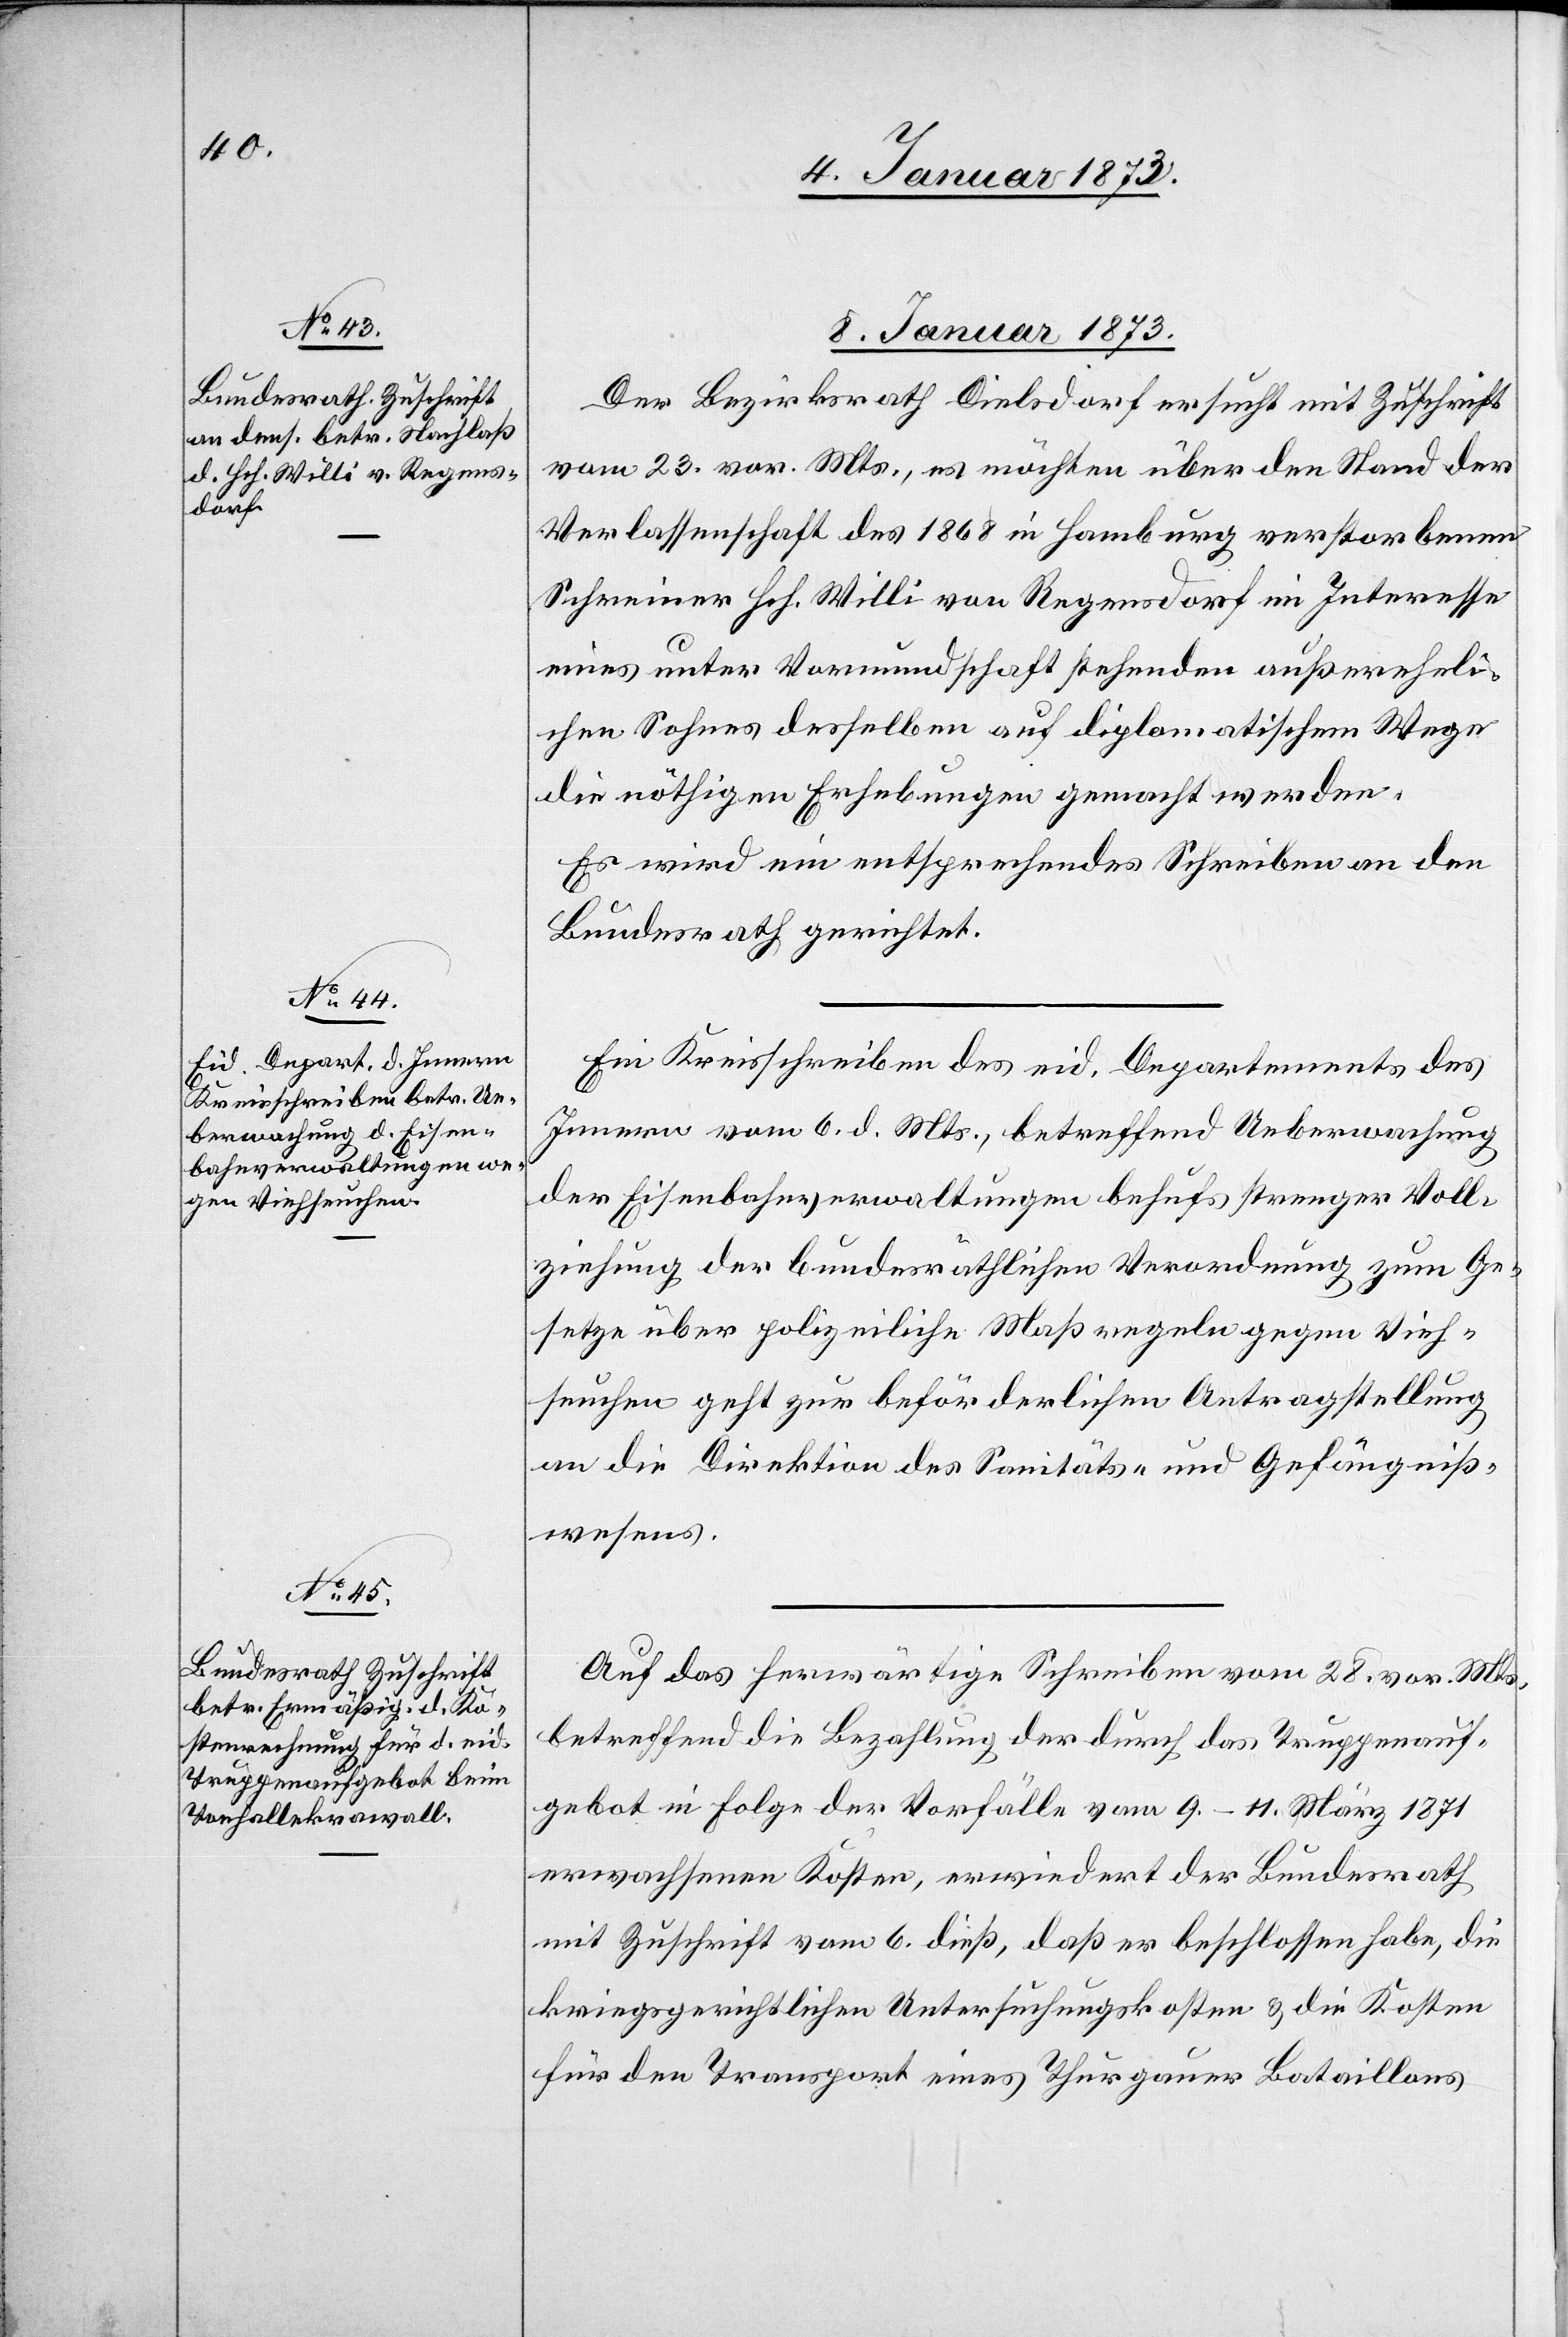
7. Januar 1873]
7. Januar 1873]
Der Bezirksrath Dielsdorf ersucht mit Zuschrift
vom 23. vor. Mts., es möchten über den Stand der
Verlassenschaft des 1868 in Hamburg verstorbenen
Schreiner Hch. Willi von Regensdorf im Interesse
eines unter Vormundschaft stehenden außereheli¬
chen Sohnes desselben auf diplomatischem Wege
die nöthigen Erhebungen gemacht werden.
Es wird ein entsprechendes Schreiben an den
Bundesrath gerichtet.
Ein Kreisschreiben des eid. Departements des
Innern vom 6. d. Mts., betreffend Ueberwachung
der Eisenbahnverwaltungen behufs strenger Voll¬
ziehung der bundesräthlichen Verordnung zum Ge¬
setze über polizeiliche Maßregeln gegen Vieh¬
seuchen geht zur beförderlichen Antragstellung
an die Direktion des Sanitäts- und Gefängniß¬
wesens.
Auf das herwärtige Schreiben vom 28. vor. Mts.
betreffend die Bezahlung der durch das Truppenauf¬
gebot in Folge der Vorfälle vom 9.–11. März 1871
erwachsenen Kosten, erwiedert der Bundesrath
mit Zuschrift vom 6. dieß, daß er beschlossen habe, die
kriegsgerichtlichen Untersuchungskosten & die Kosten
für den Transport eines Thurgauer Bataillons